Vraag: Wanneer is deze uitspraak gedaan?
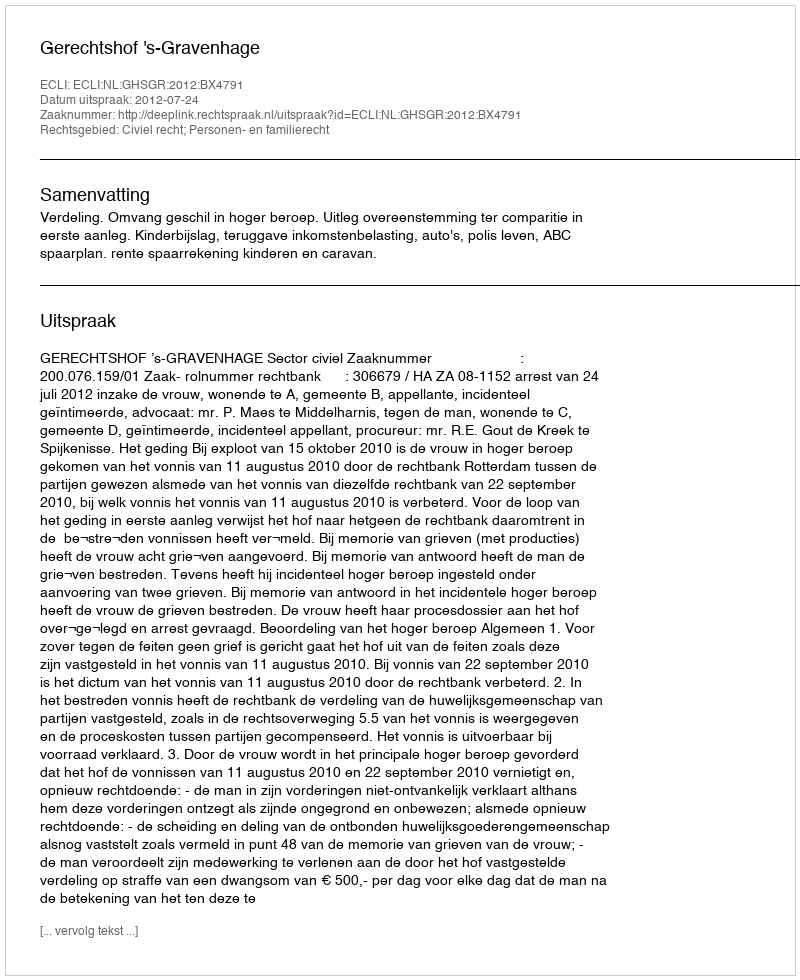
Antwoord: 2012-07-24